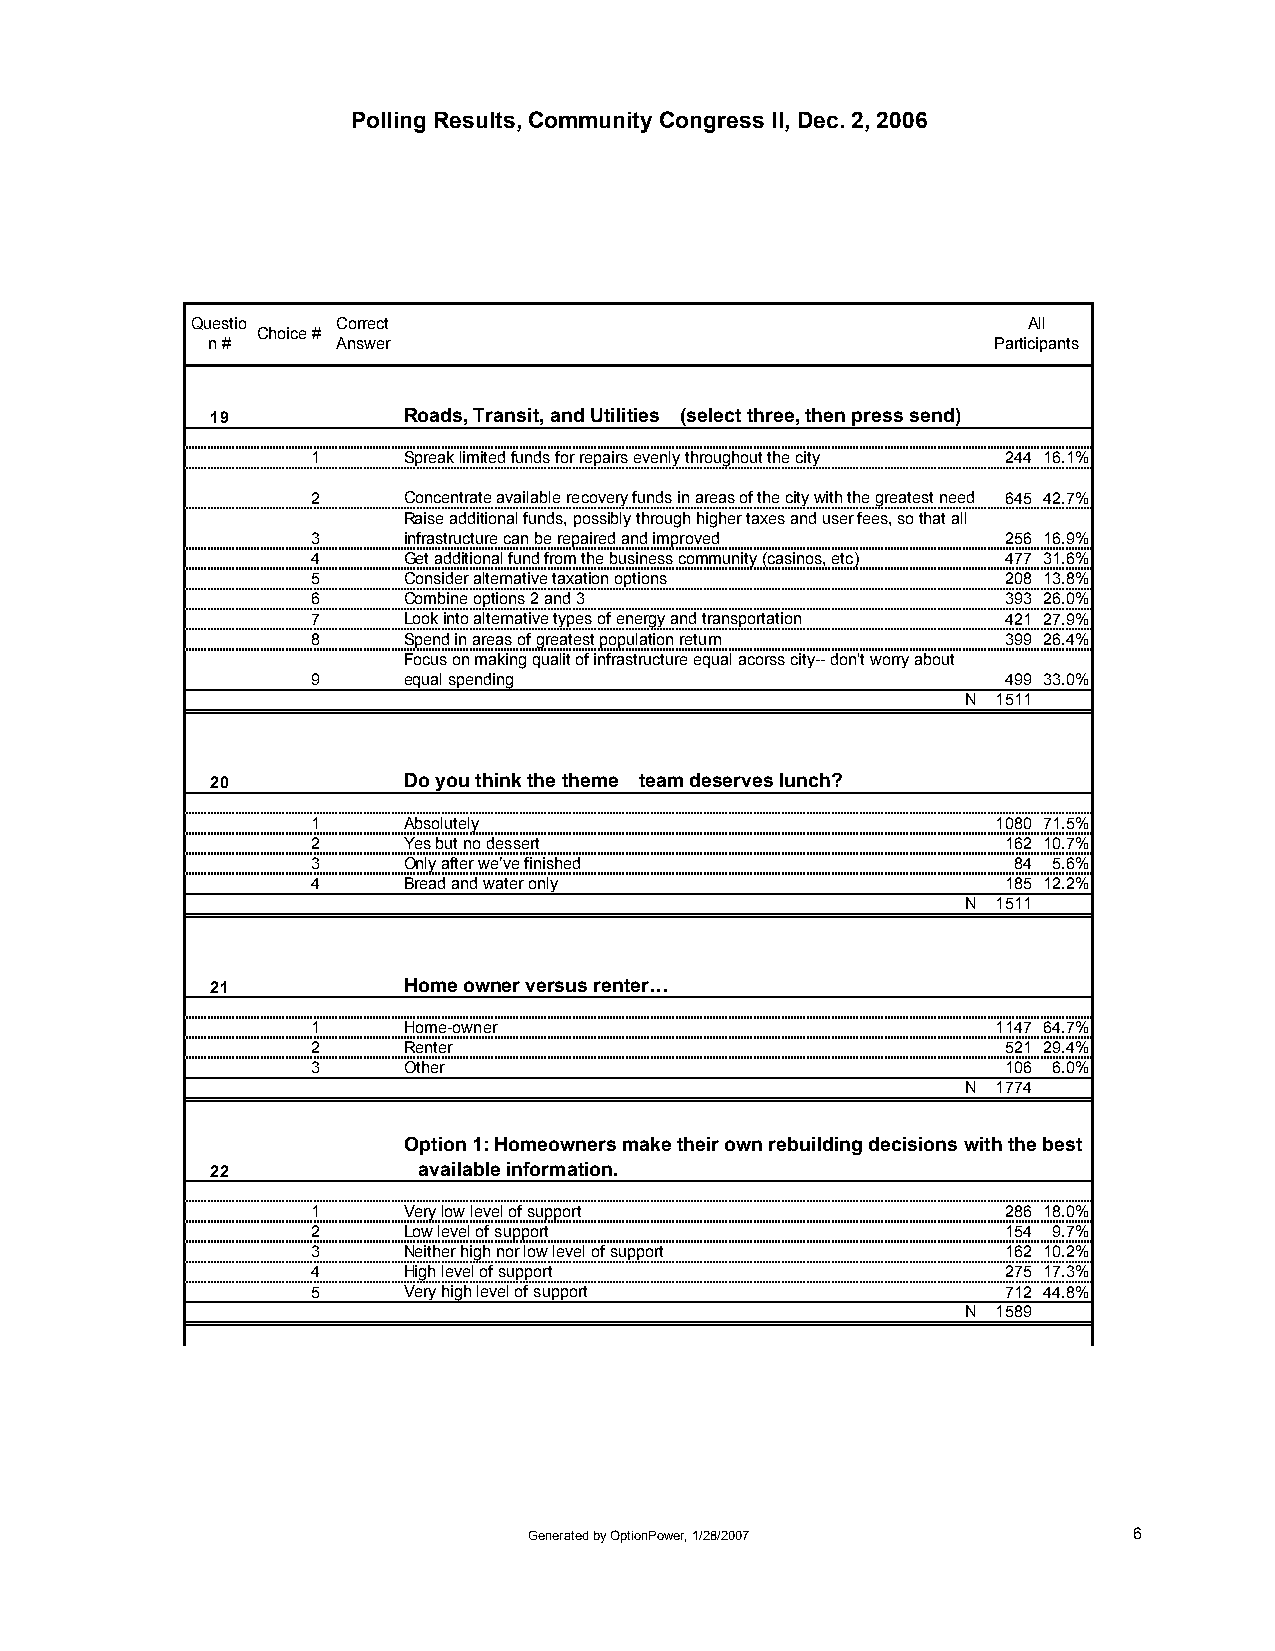
Polling Results, Community Congress II, Dec. 2, 2006
 Questio  Correct                                       All
 Choice #
 n #     Answer                                      Participants
 19           Roads, Transit, and Utilities (select three, then press send)
 1     Spreak limited funds for repairs evenly throughout the city 244 16.1%
 2     Concentrate available recovery funds in areas of the city with the greatest need 645 42.7%
 Raise additional funds, possibly through higher taxes and user fees, so that all
 3     infrastructure can be repaired and improved 256 16.9%
 4     Get additional fund from the business community (casinos, etc) 477 31.6%
 5     Consider alternative taxation options   208 13.8%
 6     Combine options 2 and 3                 393 26.0%
 7     Look into alternative types of energy and transportation 421 27.9%
 8     Spend in areas of greatest population return 399 26.4%
 Focus on making qualit of infrastructure equal acorss city-- don't worry about
 9     equal spending                          499 33.0%
 N 1511
 20           Do you think the theme team deserves lunch?
 1     Absolutely                             1080 71.5%
 2     Yes but no dessert                      162 10.7%
 3     Only after we’ve finished               84 5.6%
 4     Bread and water only                    185 12.2%
 N 1511
 21           Home owner versus renter…
 1     Home-owner                             1147 64.7%
 2     Renter                                  521 29.4%
 3     Other                                   106 6.0%
 N 1774
 Option 1: Homeowners make their own rebuilding decisions with the best
 22            available information.
 1     Very low level of support               286 18.0%
 2     Low level of support                    154 9.7%
 3     Neither high nor low level of support   162 10.2%
 4     High level of support                   275 17.3%
 5     Very high level of support              712 44.8%
 N 1589
 Generated by OptionPower, 1/28/2007     6